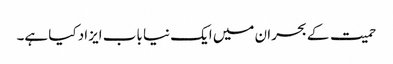
حمیت کے بحران میں ایک نیا باب ایزاد کیا ہے۔